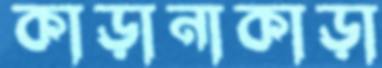
কাড়ানাকাড়া